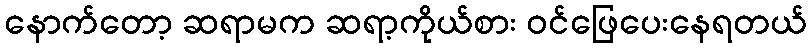
နောက်တော့ ဆရာမက ဆရာ့ကိုယ်စား ဝင်ဖြေပေးနေရတယ်